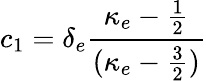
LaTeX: c_{1}=\delta_{e}\frac{\kappa_{e}-\frac{1}{2}}{(\kappa_{e}-\frac{3}{2})}